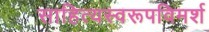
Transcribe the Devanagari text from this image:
साहित्यस्वरूपविमर्श